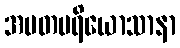
အမတပရိယောသာနာ